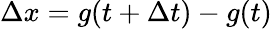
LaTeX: \Delta x=g(t+\Delta t)-g(t)